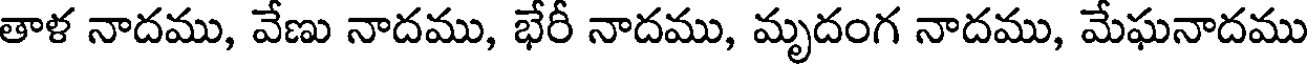
తాళ నాదము, వేణు నాదము, భేరీ నాదము, మృదంగ నాదము, మేఘనాదము